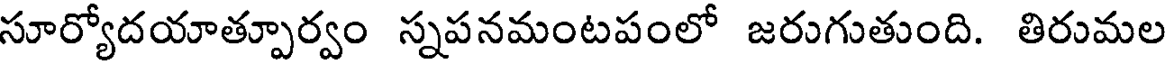
సూర్యోదయాత్పూర్వం స్నపనమంటపంలో జరుగుతుంది. తిరుమల